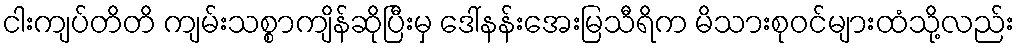
ငါးကျပ်တိတိ ကျမ်းသစ္စာကျိန်ဆိုပြီးမှ ဒေါ်နန်းအေးမြသီရိက မိသားစုဝင်များထံသို့လည်း